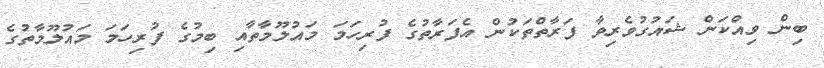
ބިން ވިއްކަން ޝައުގުވެރިވާ ފަރާތްތަކުން އެފަރާތުގެ ފުރިހަމަ މައުލޫމާތާއި ބިމުގެ ފުރިހަމަ މައުލޫމާތުގެ